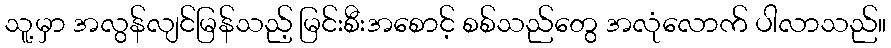
သူ့မှာ အလွန်လျင်မြန်သည့် မြင်းစီးအစောင့် စစ်သည်တွေ အလုံလောက် ပါလာသည်။